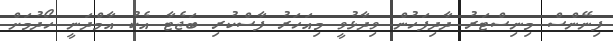
ފިނޭންސް މިނިސްޓަރު ދާދިފަހުން ވިދާޅުވީ މިއަހަރު ފާސްކުރި ބަޖެޓާ އެކު އާމްދަނީ ހޯދުމަށް